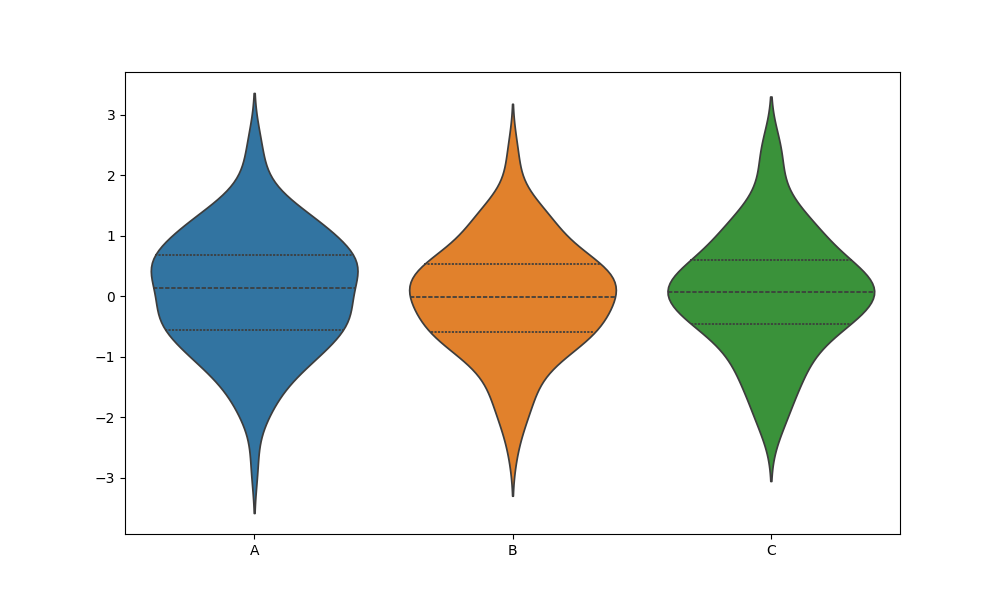
python, seaborn, violinplot, scale='area', split='False', inner='quart', fill='True'